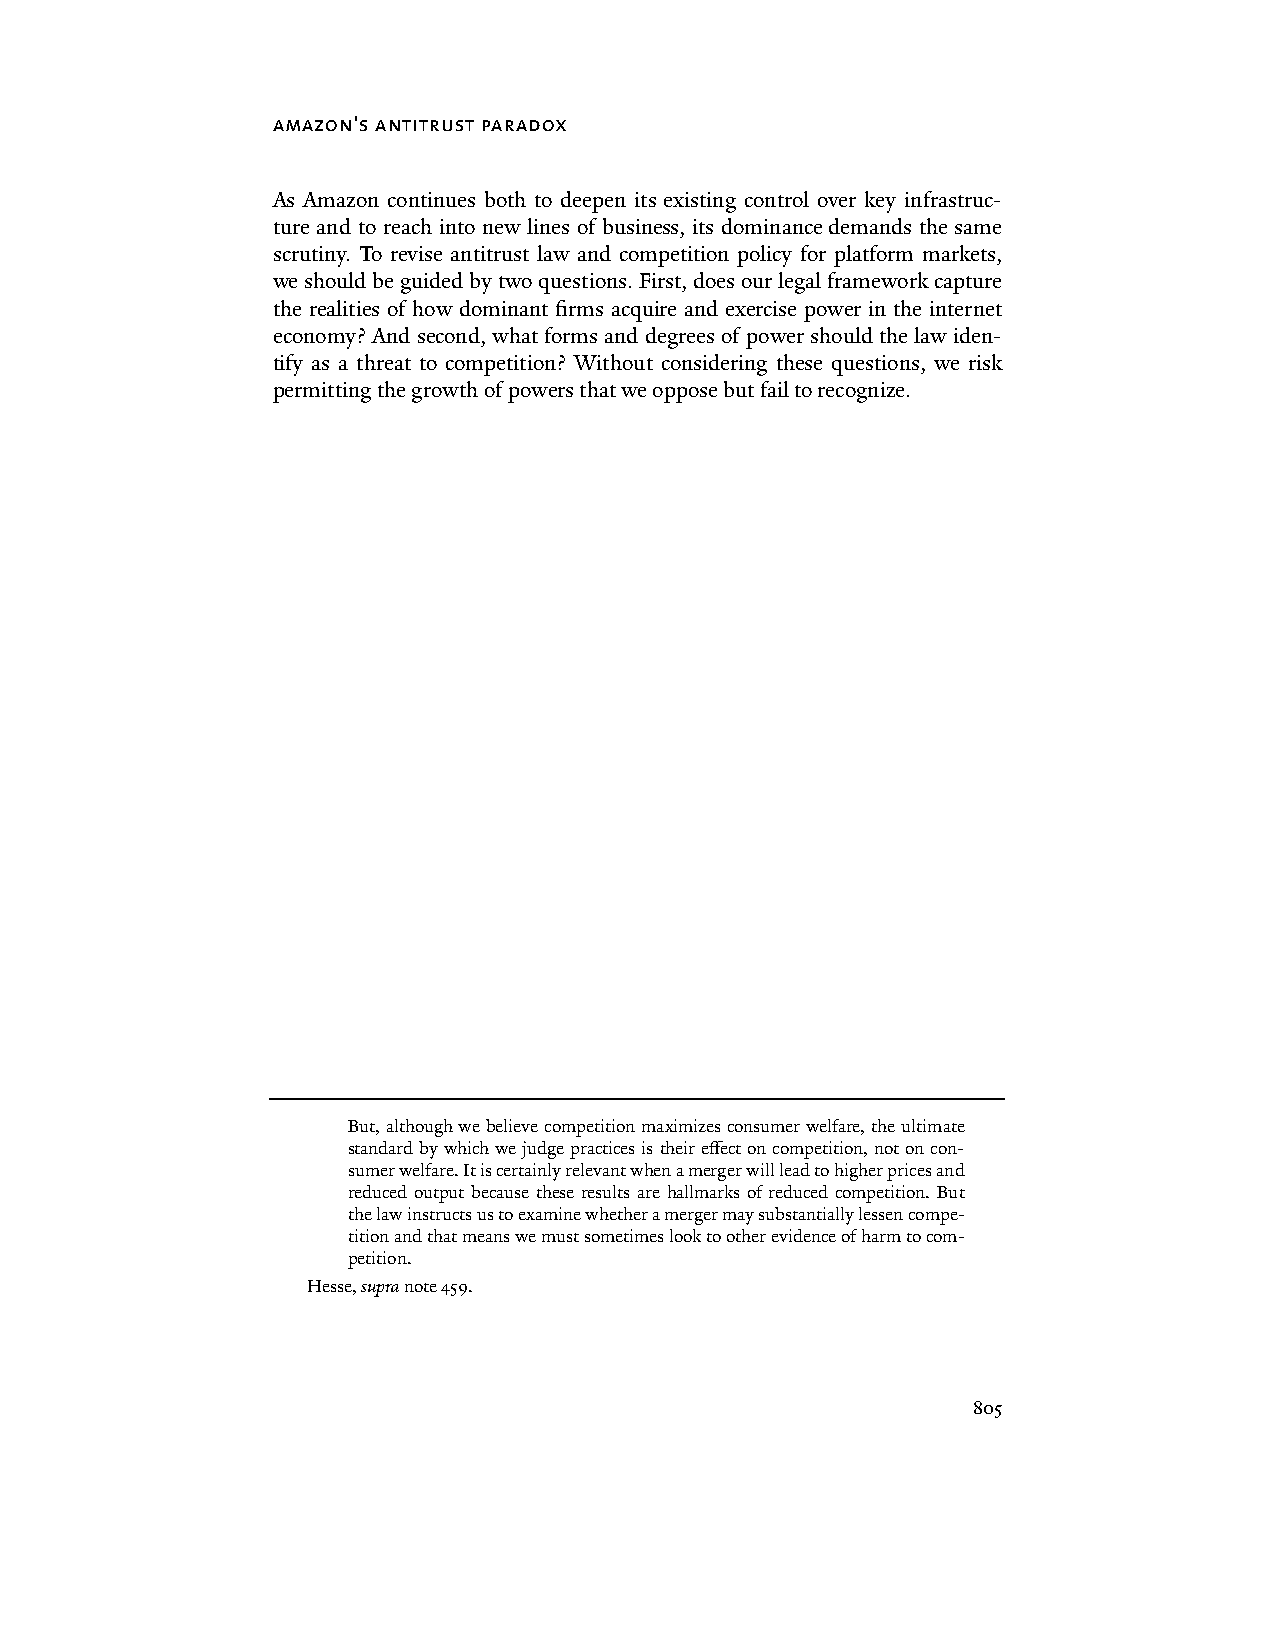
amazon's antitrust paradox
 As Amazon continues both to deepen its existing control over key infrastruc-
 ture and to reach into new lines of business, its dominance demands the same
 scrutiny. To revise antitrust law and competition policy for platform markets,
 we should be guided by two questions. First, does our legal framework capture
 the realities of how dominant firms acquire and exercise power in the internet
 economy? And second, what forms and degrees of power should the law iden-
 tify as a threat to competition? Without considering these questions, we risk
 permitting the growth of powers that we oppose but fail to recognize.
 But, although we believe competition maximizes consumer welfare, the ultimate
 standard by which we judge practices is their effect on competition, not on con-
 sumer welfare. It is certainly relevant when a merger will lead to higher prices and
 reduced output because these results are hallmarks of reduced competition. But
 the law instructs us to examine whether a merger may substantially lessen compe-
 tition and that means we must sometimes look to other evidence of harm to com-
 petition.
 Hesse, supra note 459.
 805